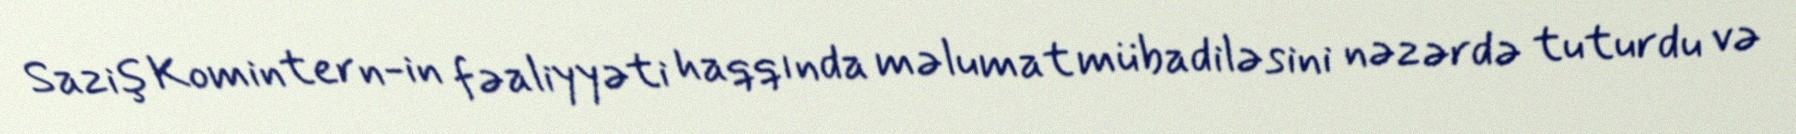
Saziş Komintern-in fəaliyyəti haqqında məlumat mübadiləsini nəzərdə tuturdu və